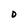
Character: D